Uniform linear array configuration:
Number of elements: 32
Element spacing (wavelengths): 0.5
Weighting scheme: kaiser
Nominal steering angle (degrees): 0
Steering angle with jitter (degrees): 1.584
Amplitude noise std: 0.05
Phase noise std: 0.05

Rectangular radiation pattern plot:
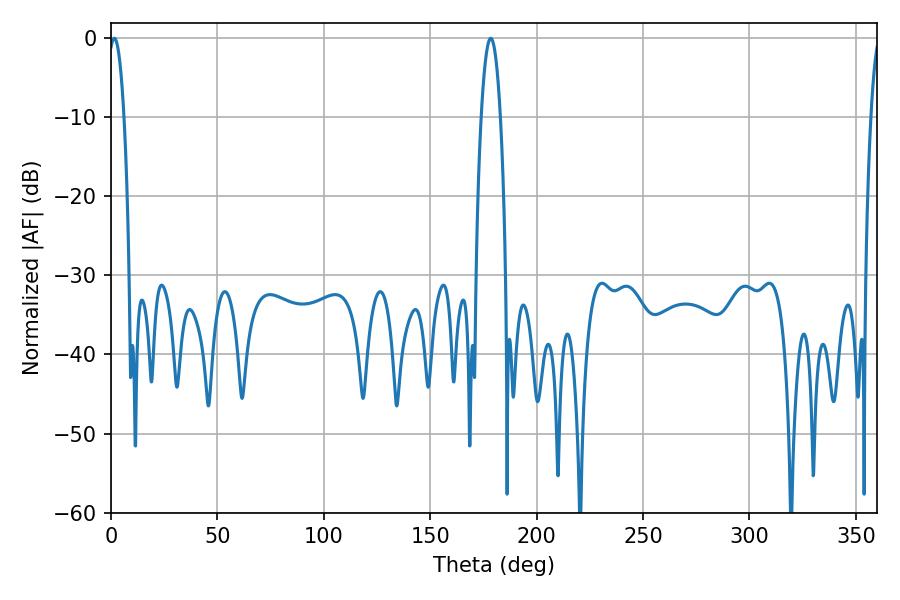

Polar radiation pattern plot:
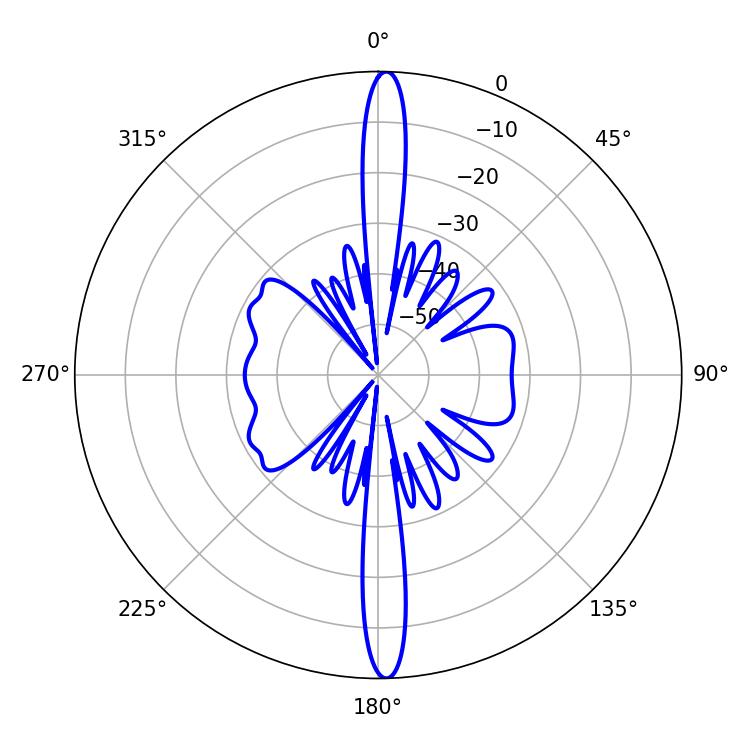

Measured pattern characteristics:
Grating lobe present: FALSE
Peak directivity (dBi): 25.993
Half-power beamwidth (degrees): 3.96
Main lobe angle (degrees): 1.62